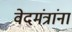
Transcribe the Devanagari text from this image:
वेदमंत्रांना